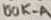
Text: 100K-A